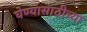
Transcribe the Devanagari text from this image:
घेण्यासाठीच्या